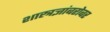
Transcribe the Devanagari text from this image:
शास्त्रज्ञांबरोबर